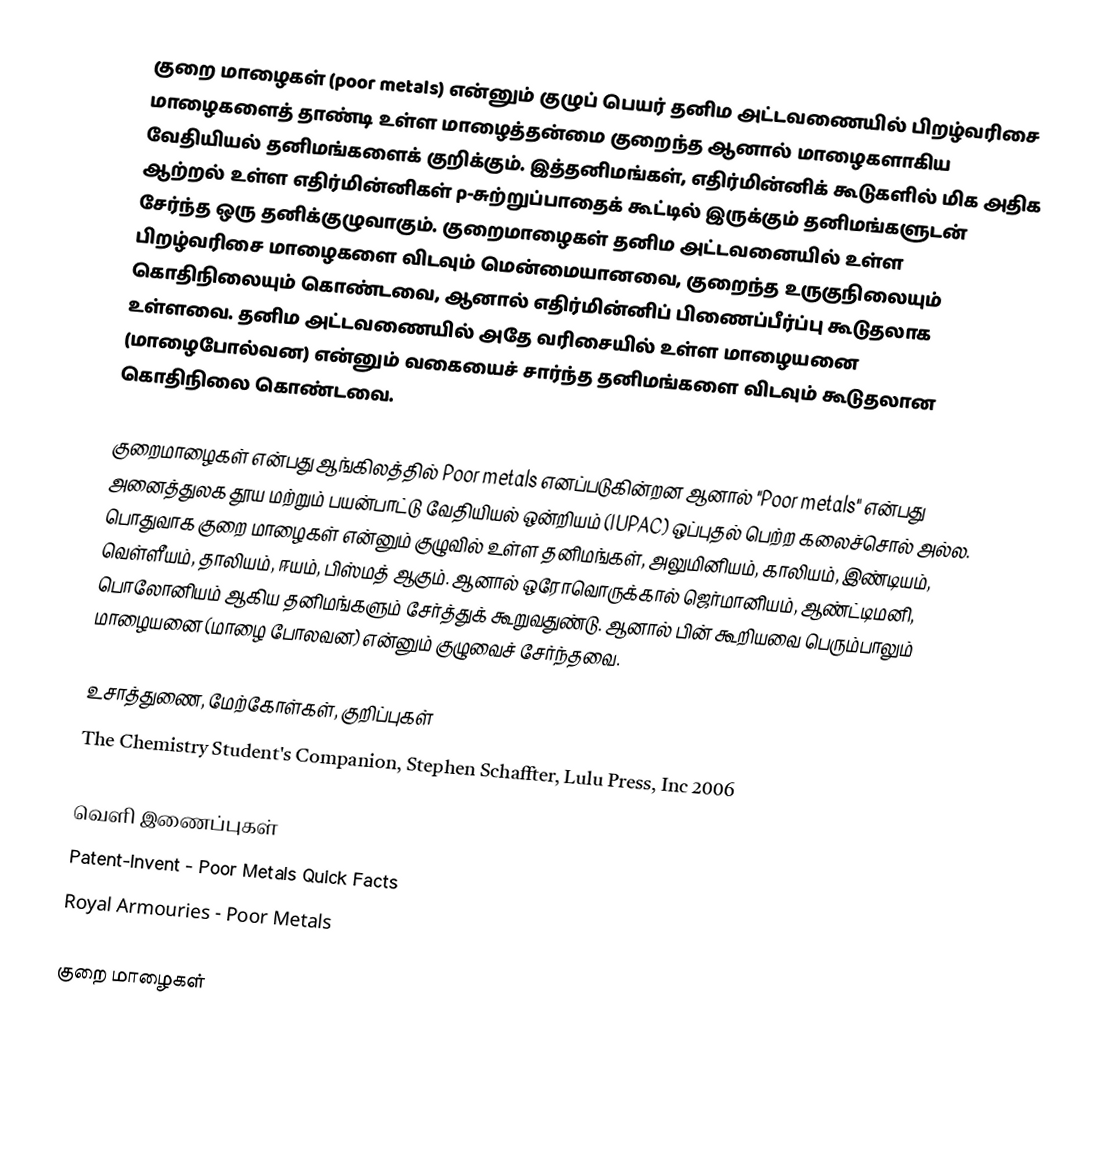
குறை மாழைகள் (poor metals) என்னும் குழுப் பெயர் தனிம அட்டவணையில் பிறழ்வரிசை மாழைகளைத் தாண்டி உள்ள மாழைத்தன்மை குறைந்த ஆனால் மாழைகளாகிய வேதியியல் தனிமங்களைக் குறிக்கும். இத்தனிமங்கள், எதிர்மின்னிக் கூடுகளில் மிக அதிக ஆற்றல் உள்ள எதிர்மின்னிகள் p-சுற்றுப்பாதைக் கூட்டில் இருக்கும் தனிமங்களுடன் சேர்ந்த ஒரு தனிக்குழுவாகும். குறைமாழைகள் தனிம அட்டவனையில் உள்ள பிறழ்வரிசை மாழைகளை விடவும் மென்மையானவை, குறைந்த உருகுநிலையும் கொதிநிலையும் கொண்டவை, ஆனால் எதிர்மின்னிப் பிணைப்பீர்ப்பு கூடுதலாக உள்ளவை. தனிம அட்டவணையில் அதே வரிசையில் உள்ள மாழையனை (மாழைபோல்வன) என்னும் வகையைச் சார்ந்த தனிமங்களை விடவும் கூடுதலான கொதிநிலை கொண்டவை.

குறைமாழைகள் என்பது ஆங்கிலத்தில் Poor metals எனப்படுகின்றன ஆனால் "Poor metals" என்பது அனைத்துலக தூய மற்றும் பயன்பாட்டு வேதியியல் ஒன்றியம் (IUPAC) ஒப்புதல் பெற்ற கலைச்சொல் அல்ல. பொதுவாக குறை மாழைகள் என்னும் குழுவில் உள்ள தனிமங்கள், அலுமினியம், காலியம், இண்டியம், வெள்ளீயம், தாலியம், ஈயம், பிஸ்மத் ஆகும். ஆனால் ஒரோவொருக்கால் ஜெர்மானியம், ஆண்ட்டிமனி, பொலோனியம் ஆகிய தனிமங்களும் சேர்த்துக் கூறுவதுண்டு. ஆனால் பின் கூறியவை பெரும்பாலும் மாழையனை (மாழை போலவன) என்னும் குழுவைச் சேர்ந்தவை.

உசாத்துணை, மேற்கோள்கள், குறிப்புகள்
The Chemistry Student's Companion, Stephen Schaffter, Lulu Press, Inc 2006

வெளி இணைப்புகள்
 Patent-Invent - Poor Metals Quick Facts
 Royal Armouries - Poor Metals

குறை மாழைகள்